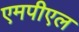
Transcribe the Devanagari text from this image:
एमपीएल